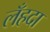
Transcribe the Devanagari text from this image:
लँहदा